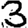
Digit: 3